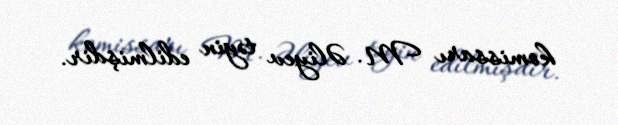
komissarı M. Əliyev təyin edilmişdir.